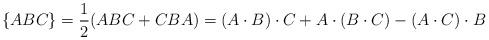
LaTeX: \begin{align*}\{ABC\}=\frac{1}{2}(ABC+CBA)=(A\cdot B)\cdot C+A\cdot (B\cdot C)-(A\cdot C)\cdot B\end{align*}